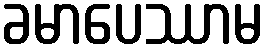
ခမာပေဿာမ